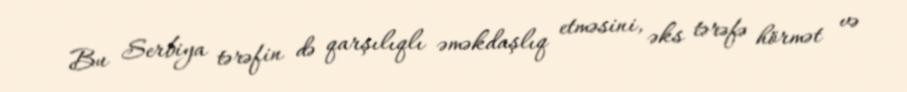
Bu Serbiya tərəfin də qarşılıqlı əməkdaşlıq etməsini, əks tərəfə hörmət və